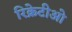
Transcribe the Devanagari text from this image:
रिक्रेटीओ